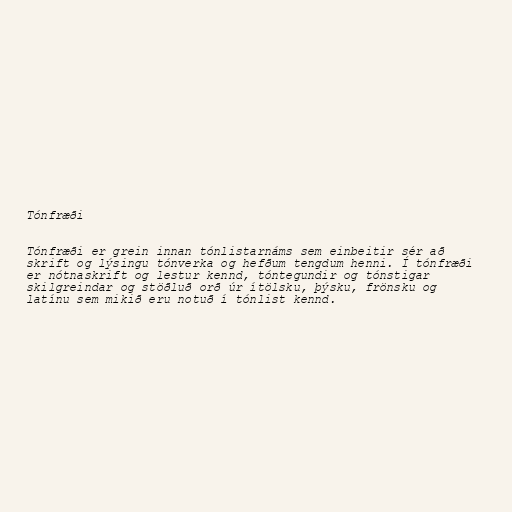
Tónfræði

Tónfræði er grein innan tónlistarnáms sem einbeitir sér að
skrift og lýsingu tónverka og hefðum tengdum henni. Í tónfræði
er nótnaskrift og lestur kennd, tóntegundir og tónstigar
skilgreindar og stöðluð orð úr ítölsku, þýsku, frönsku og
latínu sem mikið eru notuð í tónlist kennd.